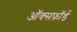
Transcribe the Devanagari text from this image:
ऑक्सफ़ॉर्ड